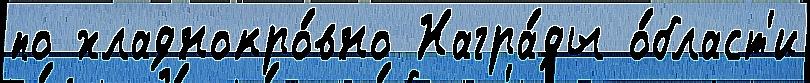
по хладнокро́вно Награ́ды о́бласт'и